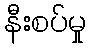
နီးစပ်မှု